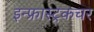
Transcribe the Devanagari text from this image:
इन्फ्रास्ट्रकचर